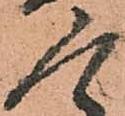
人